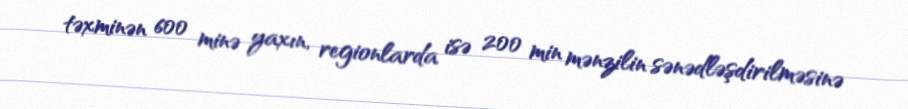
təxminən 600 minə yaxın, regionlarda isə 200 min mənzilin sənədləşdirilməsinə